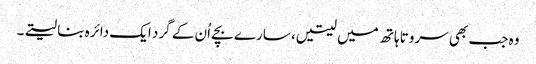
وہ جب بھی سروتا ہاتھ میں لیتیں، سارے بچے اُن کے گرد ایک دائرہ بنا لیتے۔